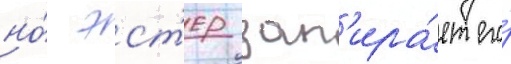
но́ эст'ер зап'ира́ет его́